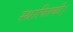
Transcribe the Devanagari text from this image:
स्थापितकी।